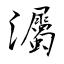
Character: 灟